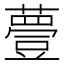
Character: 𧀆